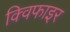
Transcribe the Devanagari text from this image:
क्विफाइर